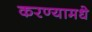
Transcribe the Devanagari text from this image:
करण्यामधे